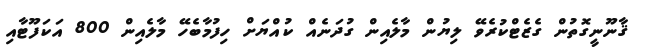
ޤާނޫނީގޮތުން ގެޒެޓްކުރެވޭ ލިޔުން މާލެއިން ގުދަނެއްް ކުއްޔަށް ހިފުމާބެހޭ މާލެއިން 800 އަކަފޫޓާއި